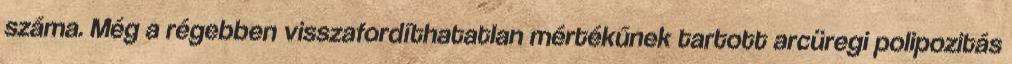
száma. Még a régebben visszafordíthatatlan mértékűnek tartott arcüregi polipozitás